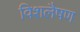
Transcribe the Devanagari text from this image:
विशलैषण